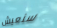
سنعيش